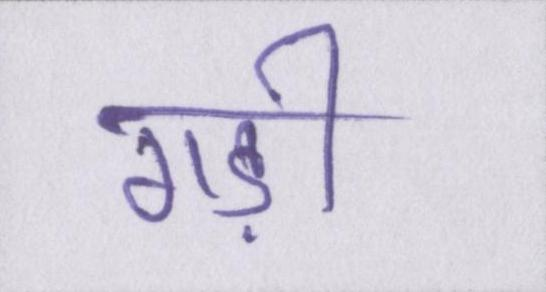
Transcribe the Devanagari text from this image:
गड़ी